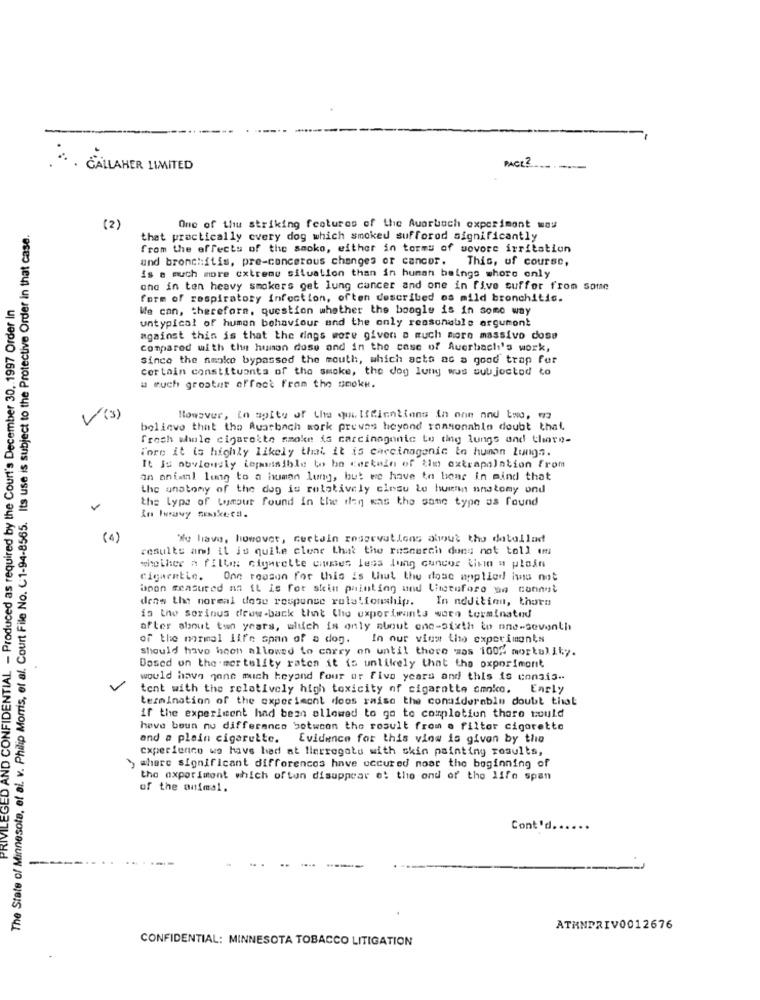
PACE ?
. * . GALLAHER LIMITED
The State of Minnesota, et al. v. Philip Morris, et al. Court File No. C1-94-8565. Its use is subject to the Protective Order in that case.
(2)
One of thu striking features of the Auerbach experiment way
that practically every dog which smoked sufforod significantly
from the effects of the saoko, either in torms of wovore irritation
und bronchitis, pre-cancerous changes of cancer.
This, of course,
is e much more extreme situation than in human beings shoro only
one in ten heavy smokers get lung cancer and one in five suffer from some
PRIVILEGED AND CONFIDENTIAL - Produced as required by the Court's December 30, 1997 Order In
form of respiratory infection, often described os mild bronchitis.
We can, therefore, question whether the boogle is in some way
untypical of human behaviour and the only reasonable argument
against this is that the rings wore given a much more massivo dose
Compared with the human dose and in the case of Auerbach's work,
Since the smoke bypassed the mouth, which acts as a good trap for
Certain constituants of the smoke, the dog luty was subjected to
u much groatur effect from the smoke.
V (3)
However, In spite of the qualifications in one and two, wa
believe that the Auarbach work prevas beyond reasonable doubt that
fresh whole cigarette smoke is carcinogenic to the lungs and there-
Fore it is highly likely that it is carcinogenic to human lungs.
It Is obviously tepossible to be certain of tim extrapolation from
on animal lung to a human lung, but we have to bear in mind that
the anatomy of the dog is relatively closu le huienn anatomy ond
the type of humour found In the dag was the same type as found
In heavy sekets.
(4)
We have, however, certain reservations about the datallad
results and it is quile clene that the rascerch duns not toll umti
whether a fill: cigarette cises less lung cuncor tina a ploin
Cigarette. One reason for this is that the dose applied iwas not
boon measured as it is for skin painting and thetuforo wa connut
dras the normal dose response relationship.
In addition, thorn
is the sorinus deww-back that the experiwants woen terminated
after about ten years, wlich is only about one-sixth to one-seventh
of the normal life span of a dog. In our view the experiments
should have been allowed to carry on until there was 100% mortality.
Dosed on the mer telity raten it is unlikely that the oxporimont
would have gone much heyand four or five years and this is consis --
tent with the relatively high toxicity of cigarette smoke. Early
termination of the experiment does raise the considerable doubt that
if the experiment had been allowed to go to completion there would
have boun nu difference between the result from o filtor cigorette
and a plein cigarette. Evidence for this view is given by the
experience we have had at lierregaty with skin painting results,
where significant differences have occured noar the beginning of
the experiment which oftun disappear e: the ond of the life span
of the animal.
Cont'd.
ATMNPRIV0012676
CONFIDENTIAL: MINNESOTA TOBACCO LITIGATION